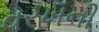
વરખની